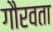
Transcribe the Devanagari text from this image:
गौरवता